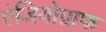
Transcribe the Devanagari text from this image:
एंजियोग्राफ